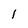
Character: l